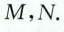
M,N.